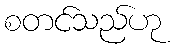
စတင်သည်ဟု